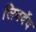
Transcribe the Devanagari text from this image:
लिबर्देद